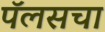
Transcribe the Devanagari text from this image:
पॅलसचा